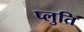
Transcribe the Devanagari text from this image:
प्लुति